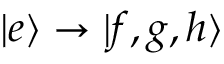
\mathinner { | { e } \rangle } \rightarrow \mathinner { | { f , g , h } \rangle }